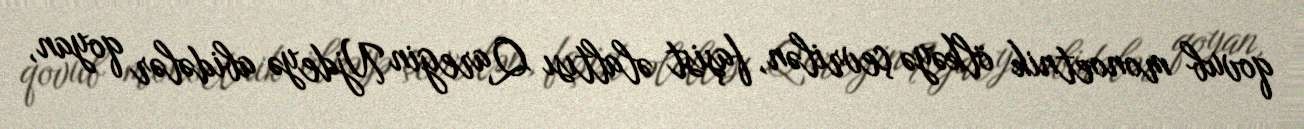
qovub monoetnik ölkəyə çevrilən, faşist əlaltısı Qaregin Njdeyə abidələr qoyan,